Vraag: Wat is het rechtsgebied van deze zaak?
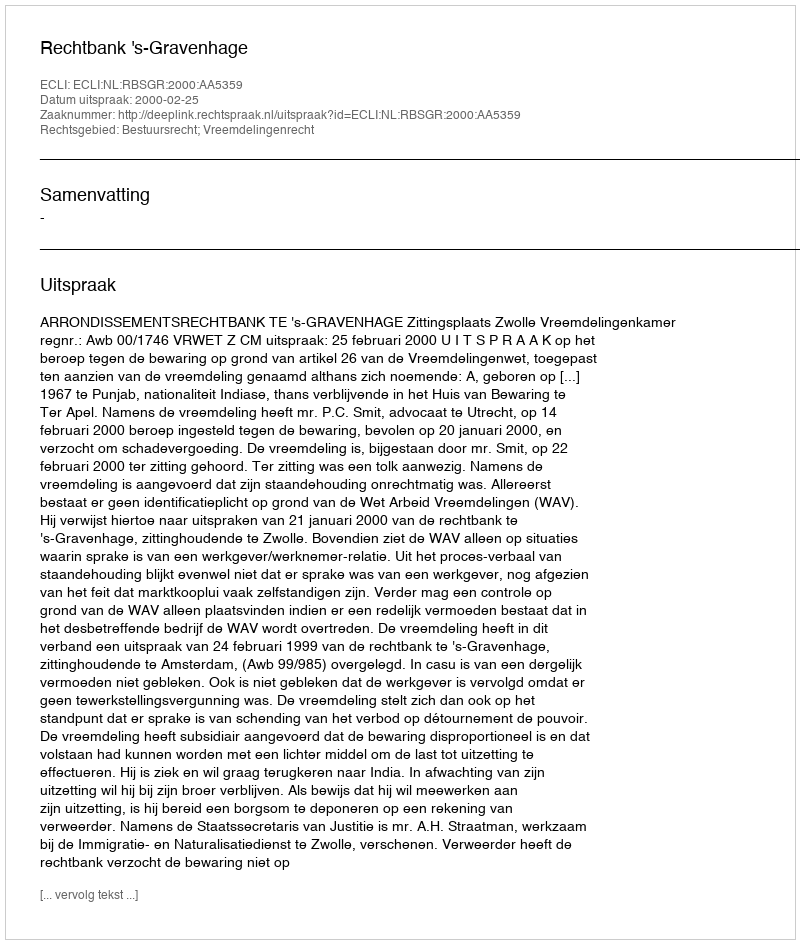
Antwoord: Bestuursrecht; Vreemdelingenrecht